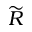
\widetilde { R }